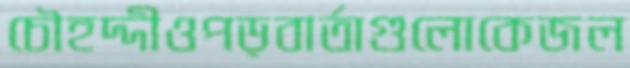
চৌহদ্দীওপড়বার্তাগুলোকেজল